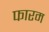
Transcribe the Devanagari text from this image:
फारम